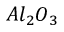
A l _ { 2 } O _ { 3 }